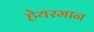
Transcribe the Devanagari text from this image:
हेयरमान